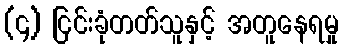
(၄) ငြင်းခုံတတ်သူနှင့် အတူနေရမှု